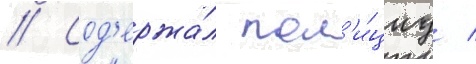
// Сод'ержа́л пол'и́циу /